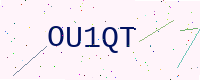
Text: OU1QT